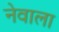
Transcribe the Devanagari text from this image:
नेवाला